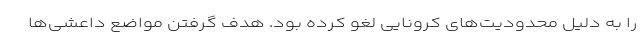
را به دلیل محدودیت‌های کرونایی لغو کرده بود. هدف گرفتن مواضع داعشی‌ها